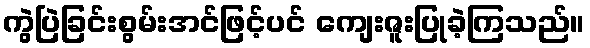
ကွဲပြဲခြင်းစွမ်းအင်ဖြင့်ပင် ကျေးဇူးပြုခဲ့ကြသည်။